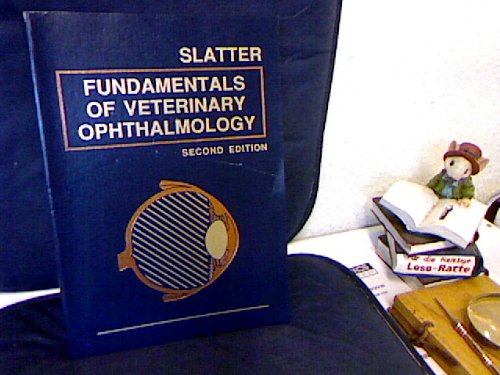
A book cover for Fundamentals of Veterinary Ophthalmology; Douglas H. Slatter; Medical Books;